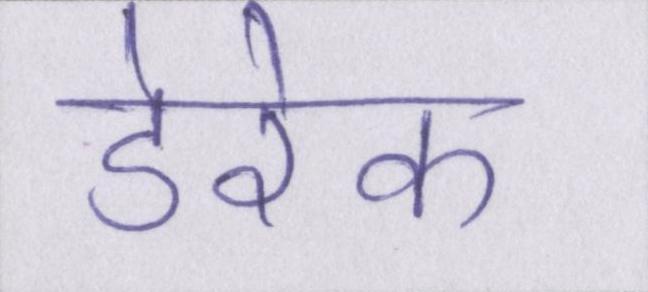
डेरेक